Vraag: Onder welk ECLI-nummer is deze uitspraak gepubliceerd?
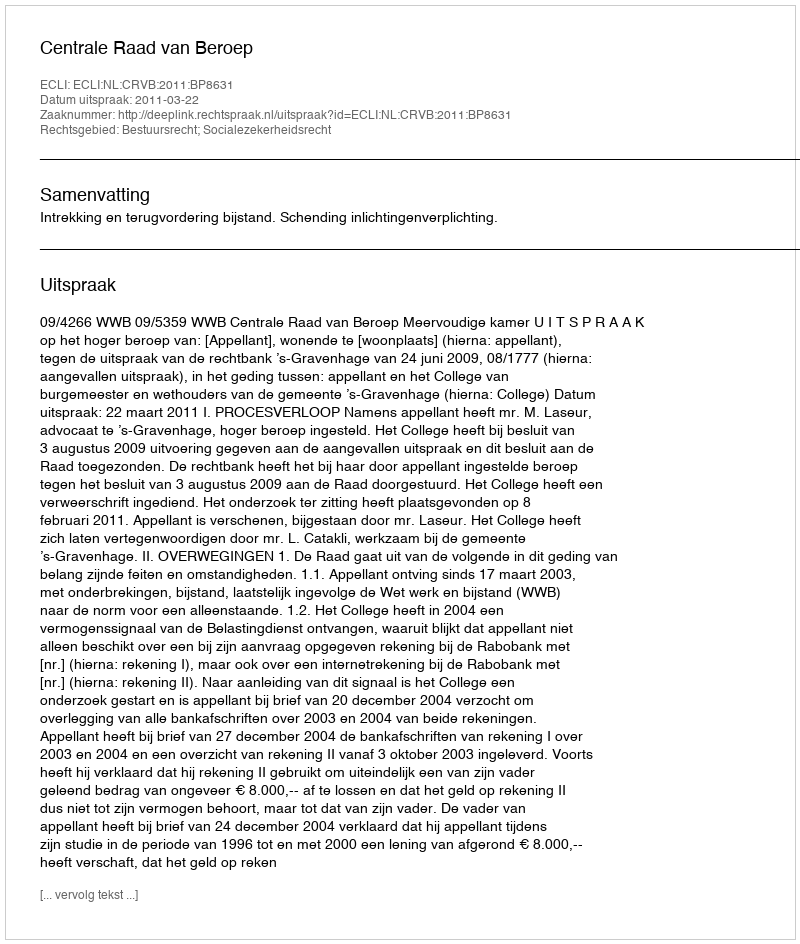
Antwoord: ECLI:NL:CRVB:2011:BP8631